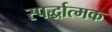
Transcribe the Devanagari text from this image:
स्पर्द्धात्मक